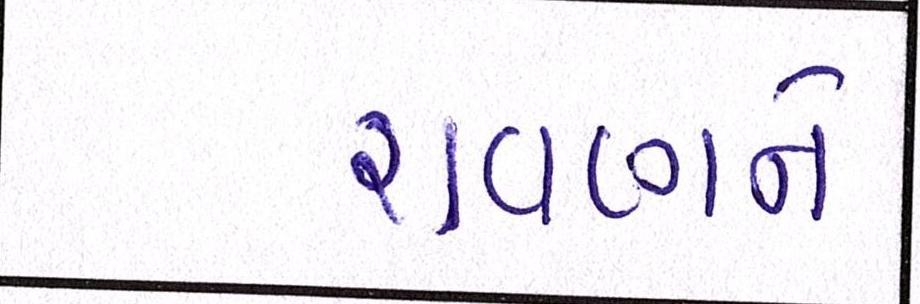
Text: રાવણને